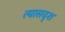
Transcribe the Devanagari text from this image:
त्यासदृश